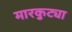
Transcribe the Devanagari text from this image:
मारकुट्या